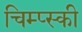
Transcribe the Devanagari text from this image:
चिम्प्स्की